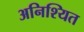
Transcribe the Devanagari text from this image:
अनिश्यित